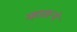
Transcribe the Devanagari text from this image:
म्हातार्‍ये